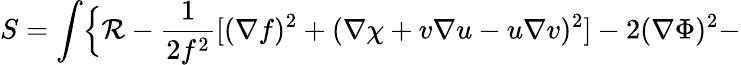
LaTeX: S=\int\Bigl\{ {\cal R}-\frac{1}{2f^{2}}[(\nabla f)^{2}+(\nabla\chi+v\nabla u-u\nabla v)^{2}]-2(\nabla\Phi)^{2}-